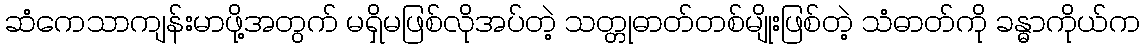
ဆံကေသာကျန်းမာဖို့အတွက် မရှိမဖြစ်လိုအပ်တဲ့ သတ္တုဓာတ်တစ်မျိုးဖြစ်တဲ့ သံဓာတ်ကို ခန္ဓာကိုယ်က